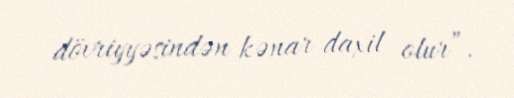
dövriyyəsindən kənar daxil olur”.